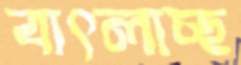
বাৎলাচ্ছ